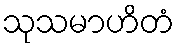
သုသမာဟိတံ